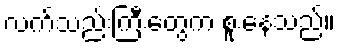
လက်သည်းကြီးတွေက စူးနေသည်။